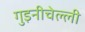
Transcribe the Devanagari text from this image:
गुइनीचेल्ली